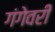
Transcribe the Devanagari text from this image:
गंगेवरी